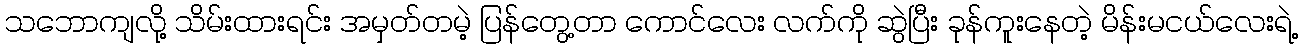
သဘောကျလို့ သိမ်းထားရင်း အမှတ်တမဲ့ ပြန်တွေ့တာ ကောင်လေး လက်ကို ဆွဲပြီး ခုန်ကူးနေတဲ့ မိန်းမငယ်လေးရဲ့